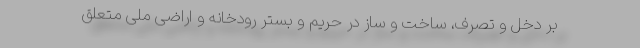
بر دخل و تصرف، ساخت و ساز در حریم و بستر رودخانه و اراضی ملی متعلق